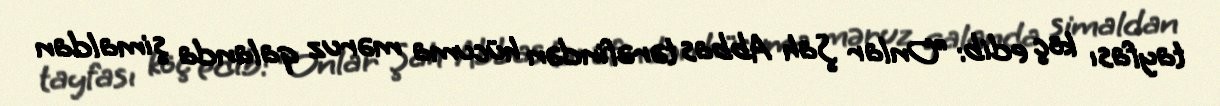
tayfası köç edib: “Onlar Şah Abbas tərəfindən hücuma məruz qalanda şimaldan